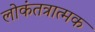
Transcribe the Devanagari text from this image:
लोकंतत्रात्मक